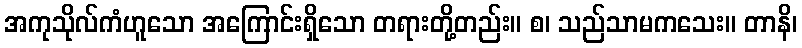
အကုသိုလ်ကံဟူသော အကြောင်းရှိသော တရားတို့တည်း။ စ၊ သည်သာမကသေး။ တာနိ၊